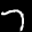
Label: 7